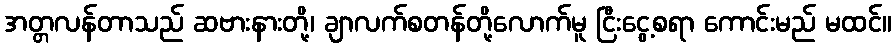
အတ္တလန်တာသည် ဆဗားနားတို့၊ ချာလက်စတန်တို့လောက်မူ ငြီးငွေ့စရာ ကောင်းမည် မထင်။